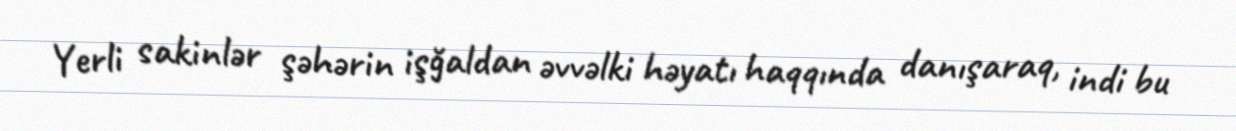
Yerli sakinlər şəhərin işğaldan əvvəlki həyatı haqqında danışaraq, indi bu